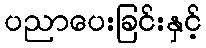
ပညာပေးခြင်းနှင့်